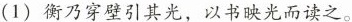
(1)衡乃穿壁引其光，以书映光而读之。